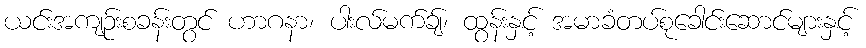
ယင်းအကျဉ်းစခန်းတွင် ဟာဂနာ၊ ပါးလ်မက်ချ်၊ ထွန်းနှင့် အမာခံတပ်စုခေါင်းဆောင်များနှင့်